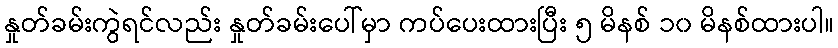
နှုတ်ခမ်းကွဲရင်လည်း နှုတ်ခမ်းပေါ်မှာ ကပ်ပေးထားပြီး ၅ မိနစ် ၁၀ မိနစ်ထားပါ။